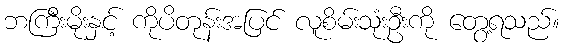
ဘကြီးမိုးနှင့် ကိုပိတုန်းအပြင် လူစိမ်းသုံးဦးကို တွေ့ရသည်။